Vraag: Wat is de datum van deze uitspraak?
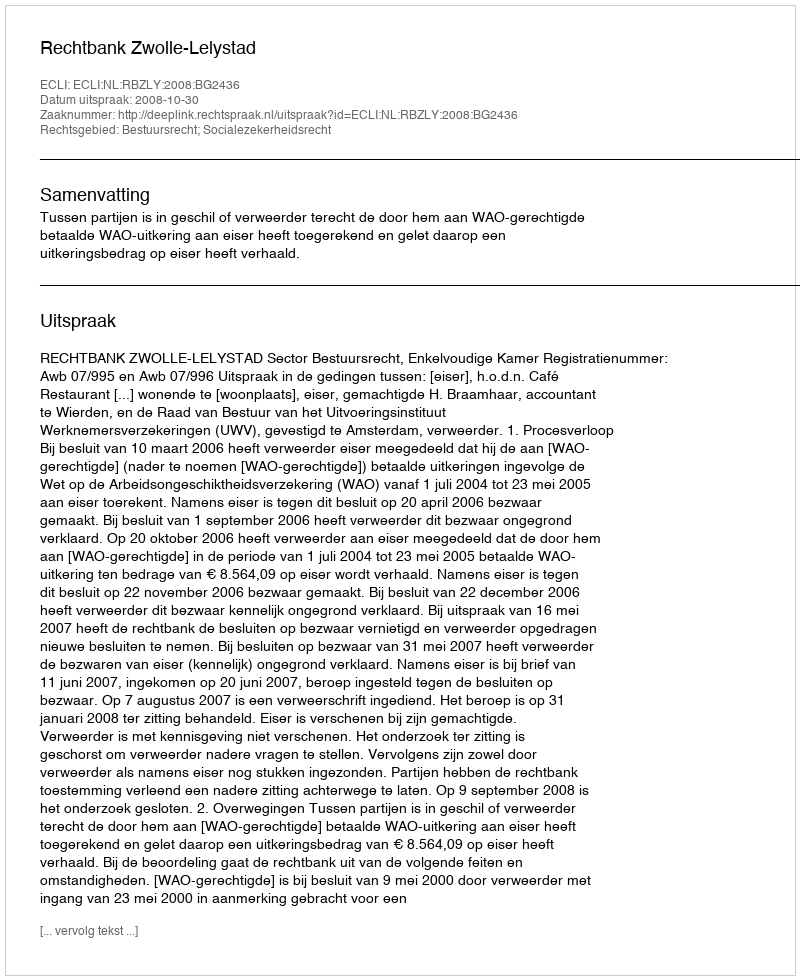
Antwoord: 2008-10-30